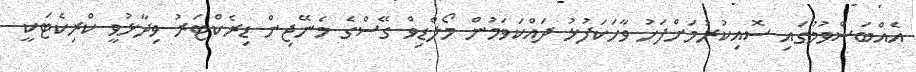
އެއްބަސްވުމުގައި ސޮއިކުރުމަށްފަހު ވާހަކަފުޅު ދައްކަވަމުން މޯލްޑިވް ގޭސްގެ މެނޭޖިން ޑިރެކްޓަރު ވިދާޅުވީ ކްރިކެޓަކީ